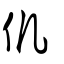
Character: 仉